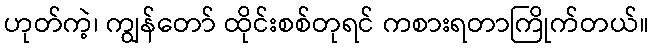
ဟုတ်ကဲ့၊ ကျွန်တော် ထိုင်းစစ်တုရင် ကစားရတာကြိုက်တယ်။